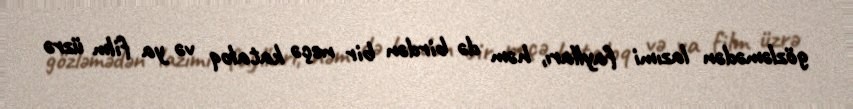
gözləmədən lazımi faylları, həm də birdən bir neçə kataloq və ya film üzrə